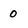
Character: 0